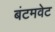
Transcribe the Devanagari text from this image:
बंटमवेट